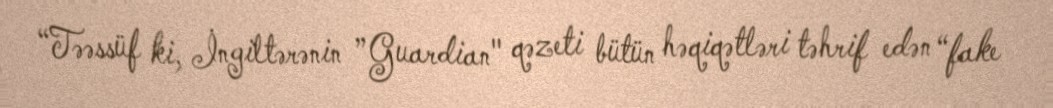
“Təəssüf ki, İngiltərənin ”Guardian" qəzeti bütün həqiqətləri təhrif edən “fake